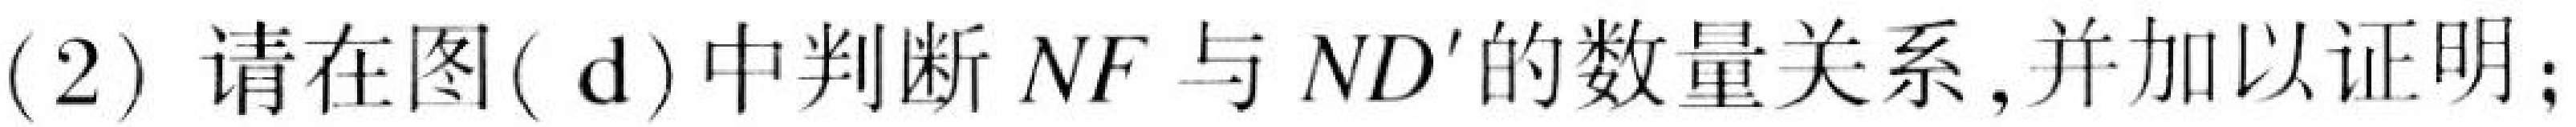
(2) 请在图( d)中判断$NF$与$ND'$的数量关系,并加以证明;